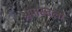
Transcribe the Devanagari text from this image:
अपास्टलो